Medical and sanitary report of the native army of Bengal for the year
Year: 1876
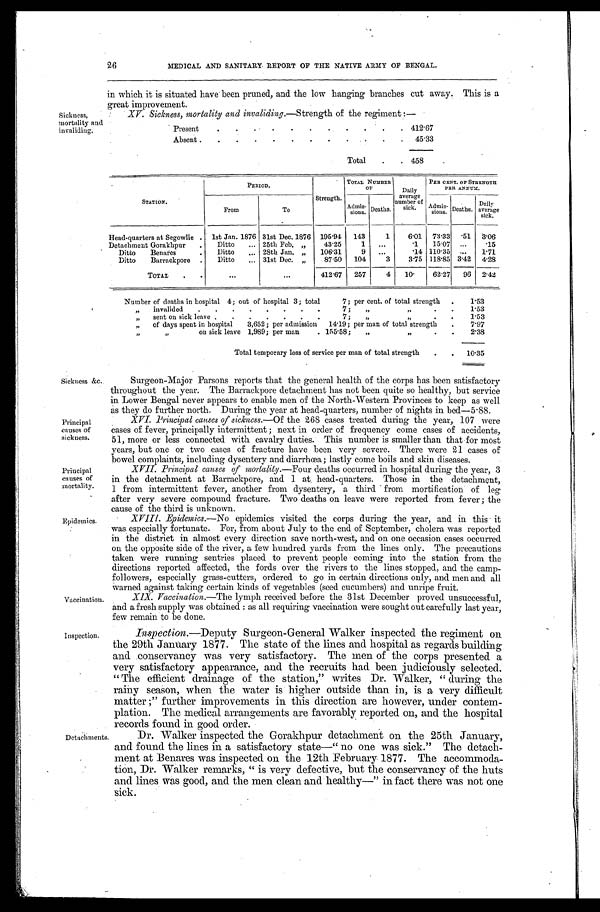
XV. Sickness, mortality and invaliding.—Strength of the regiment :—
.
Present
4 1 2 . 6 7
Absent
•
•
•
•
.
.
4 5 . 3 3
Total
.
. 458
Sickness,
mortality and
invaliding.
Inspection.
Detachments.
26
MEDICAL AND SANITARY REPORT OF THE NATIVE ARMY OF BENGAL.
in which it is situated have been pruned, and the low hanging branches cut away. This is a
great, improvement.
S T A T I O N .
PERIOD.
Strength.
TOTAL NUMBER \
O F Daily
average
number of
sick.
PER CENT. OF STRENGTH
PER ANNUM,
From
To
Admis-
s i o n s . Deaths.
Admis-
sions. Deaths.
Daily
average
sick.
Head-quarters at Segowlie
1st Jan. 1876 31st Dec. 1876 195.94 143
1
6.01 73.33
51 3.06
Detachment Gorakhpur
.
Ditto
... 25th Feb. „
43.25
1
...
1
15.07
...
15
Ditto
Benares
.
Ditto
... 28th Jan. „
106.31
9
...
14 110 .35 ... 1.71
Ditto
Barrackpore .
Ditto
31st Dec. „
87.50
104
3
3.75 118.85 3'42 4.28
TOTAL
.
.
.
412.67
257
4
10
62.27
96 2.42
Number of deaths in hospital 4; out of hospital 3; total
7; per cent. of total strength .
1.53
,,
invalided
.
.
.
.
.
.
.
.
7;
,,
,.
.
.
1.53
„
sent on sick leave .
.
.
.
.
.
.
7;
,.,
,,
.
.
1.53
,,
of days spent in hospital
3,652; per admission 14. 19; per man of total strength
.
7.97
''
,,
on sick leave 1,989; per man
.155.58;
,
.
.
2.38
Total temporary loss of service per man of total strength
10.35
Sickness &c
Principal
causes of
sickness.
Principal
causes of
mortality.
Epidemics.
Vaccination.
Surgeon-Major Parsons reports that the general health of the corps has been satisfactory
throughout the year. The Barrackpore detachment has not been quite so healthy, but service
in Lower Bengal never appears to enable men of the North-Western Provinces to keep as well
as they do further north. During the year at head-Quarters, number of nights in bed—5.88.
XVI. Principal causes of sickness.—Of the 268 eases treated during the year, 107 were
cases of fever, principally intermittent ; next in order of frequency come cases of accidents,
51, more or less connected with cavalry duties. This number is smaller than that for most
years, but one or two cases of fracture have been very severe. There were 21 cases of
bowel complaints, including dysentery and diarrhœa; lastly come boils and skin diseases.
XVII. Principal causes of mortality.— Four deaths occurred in hospital during the year, 3
in the detachment at Barrackpore, and 1 at . head-quarters. Those in the detachment,
1 from intermittent fever, another from dysentery, a third from mortification of leg
after very severe compound fracture. Two deaths on leave were reported from fever ; the
c a u s e o f t h e
t h i r d i s u n k o w n .
VIII. Epidemics.—No epidemics visited the corps during the year, and in this it
was especially fortunate. For, from about July to the end of September, cholera was reported
in the district in almost every direction save north-west, and on one occasion cases occurred
on the opposite side of the river, a few hundred yards from the lines only. The precautions
taken were running sentries placed to prevent people coming into the station from the
directions reported affected, the fords over the rivers to the lines stopped, and the camp-
followers, especially grass-cutters, ordered to go in certain directions only, and men and all
warned against taking centain kinds of vegetables (seed cucumbers) and unripe fruit.
XIX. Vaccination.—The lymph received before the 31st December proved unsuccessful,
and a fresh supply was obtained : as all requiring vaccination were sought out carefully last year,
few remain to be done.
Inspection.—Deputy Surgeon-General Walker inspected the regiment o n
the 29th January 1877. The state of the lines and hospital as regards building
and conservancy was very satisfactory. The men of the corps presented a
very satisfactory appearance, and the recruits had been judiciously selected.
" The efficient drainage of the station," writes Dr. Walker, " during the
rainy season, when the water is higher outside than in, is a very difficult
matter ;" further improvements in this direction are however, under contem-
plation. The medical arrangements are favorably reported on, and the hospital
records found in good ord er.
Dr. Walker inspected the Gorakhpur detachment on the 25th January,
and found the lines in a satisfactory state—" no one was sick." The detach-
ment at Benares was inspected on the 12th February 1877. The accommoda-
tion, Dr. Walker remarks, " is very defective, but the conservancy of the huts
and lines was good, and the men clean and healthy—" in fact there was not one
sick.